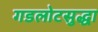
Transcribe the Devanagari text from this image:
गडलोटसुद्धा